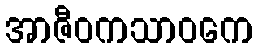
အာဇီဝကသာဝကေ